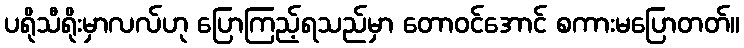
ပရိုသီရိုးမှာလလ်ဟု ပြောကြည့်ရသည်မှာ တောဝင်အောင် စကားမပြောတတ်။